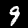
Digit: 9